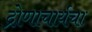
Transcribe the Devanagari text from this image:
द्रोणाचार्यचा